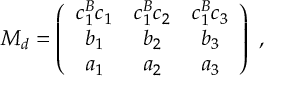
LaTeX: M _ { d } = \left( \begin{array} { c c c } { { c _ { 1 } ^ { B } c _ { 1 } } } & { { c _ { 1 } ^ { B } c _ { 2 } } } & { { c _ { 1 } ^ { B } c _ { 3 } } } \\ { { b _ { 1 } } } & { { b _ { 2 } } } & { { b _ { 3 } } } \\ { { a _ { 1 } } } & { { a _ { 2 } } } & { { a _ { 3 } } } \end{array} \right) \ ,